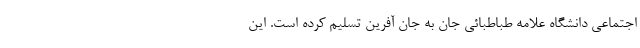
اجتماعی دانشگاه علامه طباطبائی جان به جان آفرین تسلیم کرده است. این